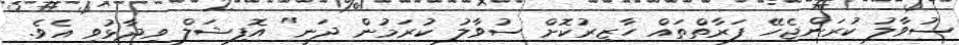
ސުވާލު ކުރަންޖެހޭ ފަރާތްތައް ހާޒިރުކޮށް ސުވާލު ކުރަމުން ދަނީ" އޮފިޝަލް ވިދާޅުވި އެވެ.